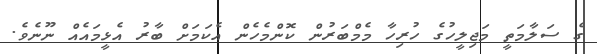
ގެ ސަލާމަތީ މަޖިލީހުގެ ހުރިހާ މެމްބަރުން ކޮންމެހެން އެކަމަށް ބާރު އެޅީމައެއް ނޫނެވެ.